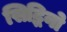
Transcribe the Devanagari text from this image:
सिद्धिनो